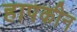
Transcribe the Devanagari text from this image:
हापकीन